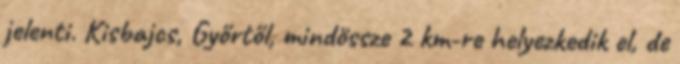
jelenti. Kisbajcs, Győrtől, mindössze 2 km-re helyezkedik el, de